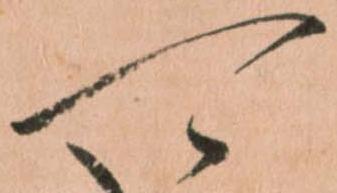
可